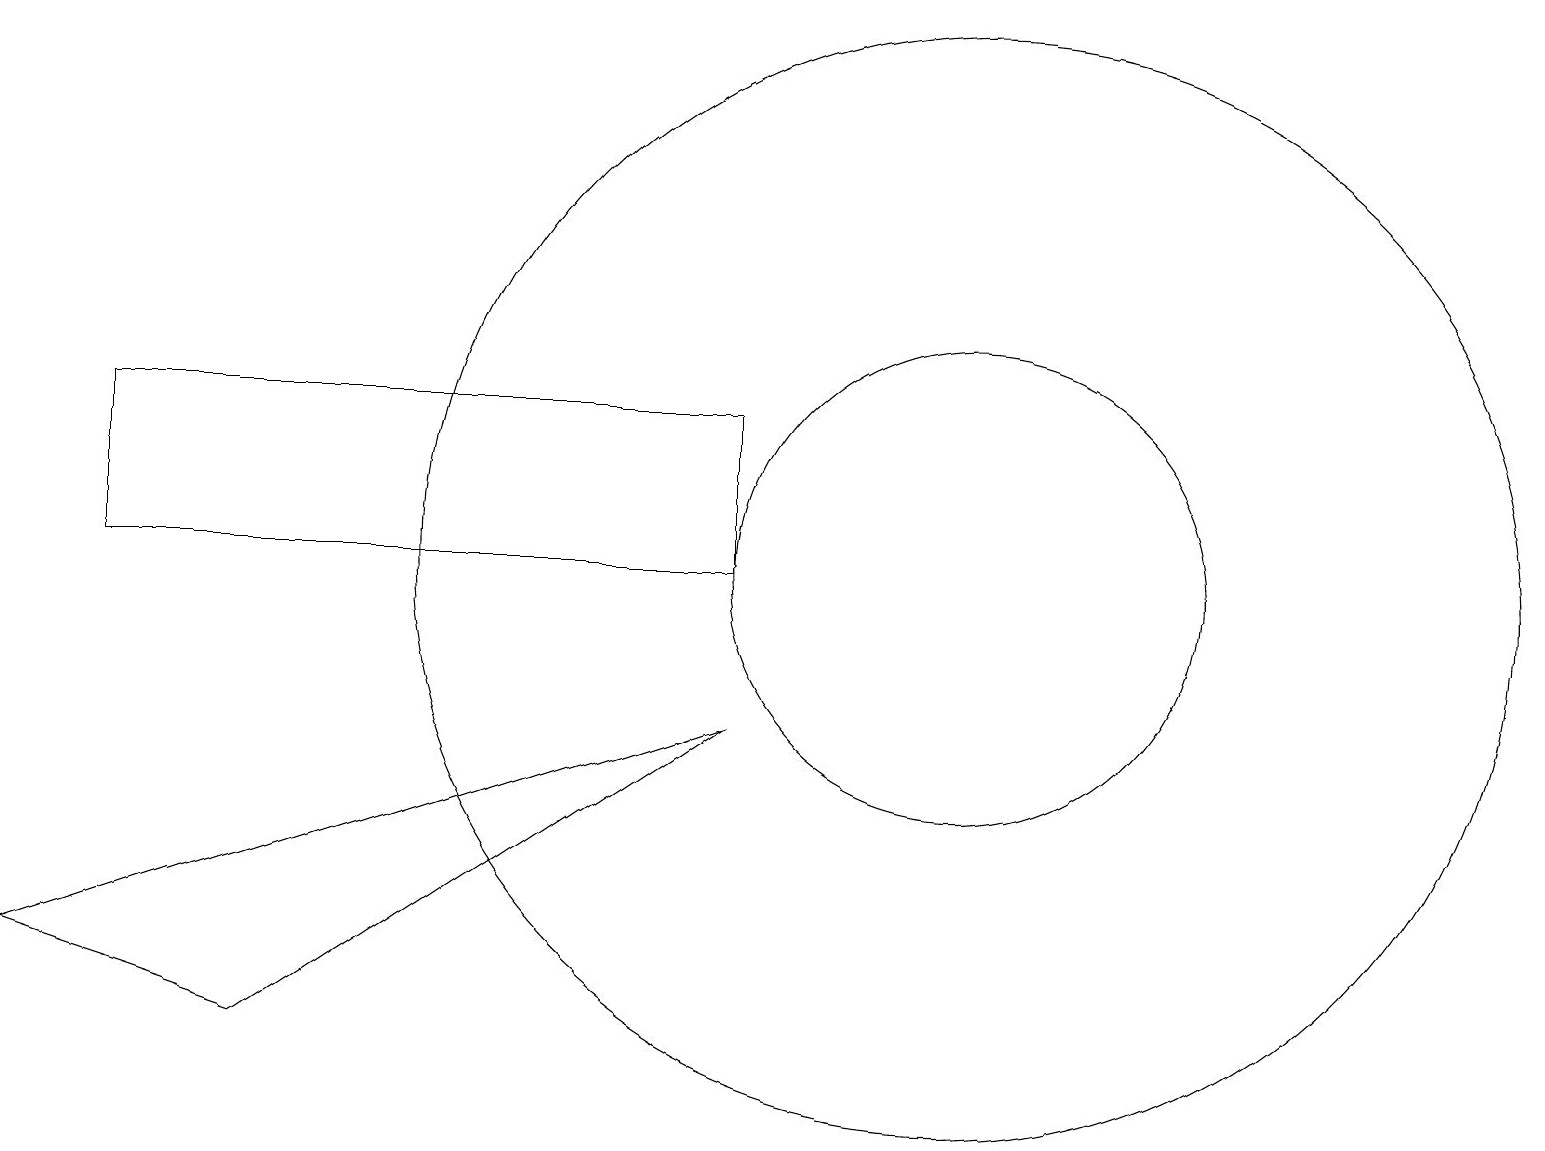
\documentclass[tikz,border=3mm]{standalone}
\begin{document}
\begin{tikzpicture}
\draw (12,11) circle (7);
\draw (12,11) circle (3);
\draw (9,9) -- (0,6) -- (3,5) -- cycle;
\draw (1,13) rectangle (9,11);
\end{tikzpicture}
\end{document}